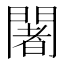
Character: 闍